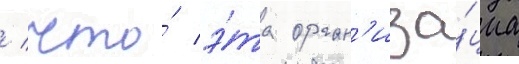
/ что́ э́та орган'иза́циа